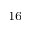
^ { 1 6 }